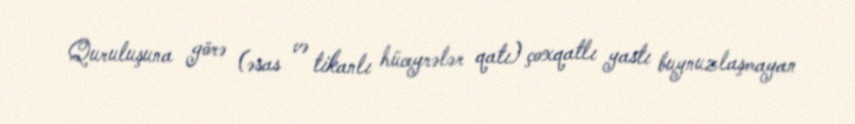
Quruluşuna görə (əsas və tikanlı hüceyrələr qatı) çoxqatlı yastı buynuzlaşmayan